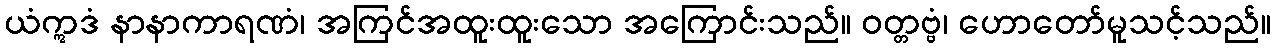
ယံဣဒံ နာနာကာရဏံ၊ အကြင်အထူးထူးသော အကြောင်းသည်။ ဝတ္တဗ္ဗံ၊ ဟောတော်မူသင့်သည်။